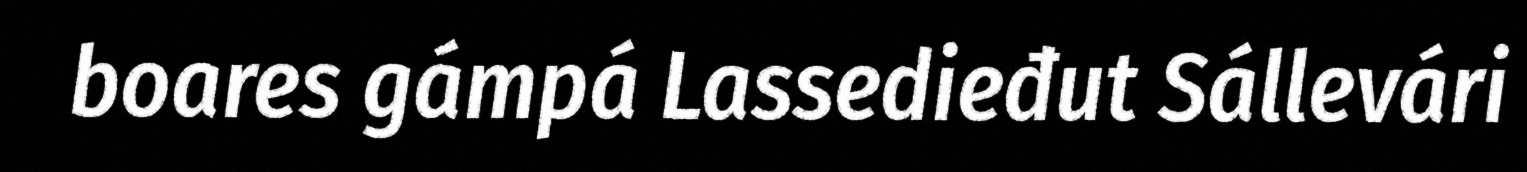
boares gámpá Lassedieđut Sállevári